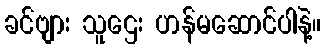
ခင်ဗျား သူဌေး ဟန်မဆောင်ပါနဲ့။